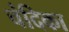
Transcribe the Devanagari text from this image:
चंदिका